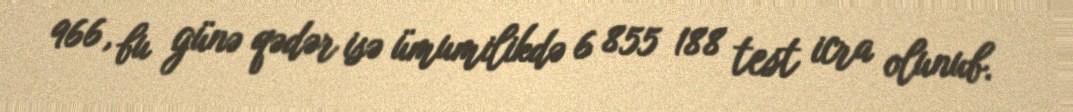
966, bu günə qədər isə ümumilikdə 6 855 188 test icra olunub.